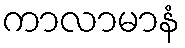
ကာလာမာနံ